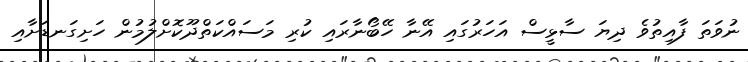
ނުވަތަ ފާއިތުވެ ދިޔަ ސާޅީސް އަހަރުގައި އޭނާ ހޭބޯނާރައި ކުރި މަސައްކަތްދޫކޮށްލުމުން ހަށިގަނޑަށާއި